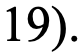
19).